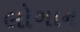
લોગાન